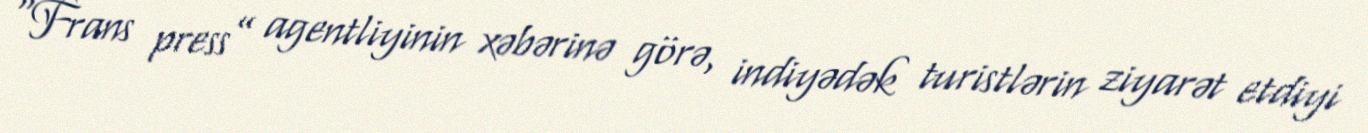
“Frans press” agentliyinin xəbərinə görə, indiyədək turistlərin ziyarət etdiyi